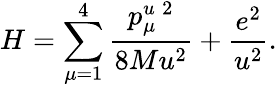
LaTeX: H=\sum_{\mu=1}^{4}\frac{p_{\mu}^{u}{}^{\, 2}}{8Mu^{2}}+\frac{e^{2}}{u^{2}}.